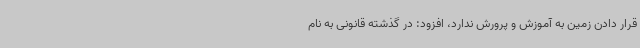
قرار دادن زمین به آموزش و پرورش ندارد، افزود: در گذشته قانونی به نام